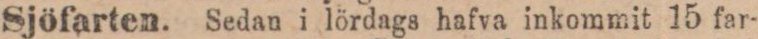
Sjöfarten. Sedan i lördags hafva inkommit 15 far-